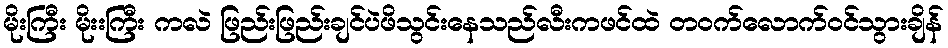
မိုးကြီး မိုးးကြီး ကလဲ ဖြည်းဖြည်းချင်ပဲဖိသွင်းနေသည်လီးကဖင်ထဲ တဝက်လောက်ဝင်သွားချိန်